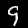
Label: 9